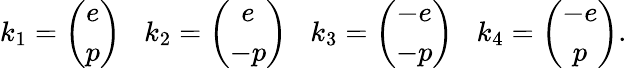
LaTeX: k_{1}=\left(\begin{array}{c}{{e}}\\ {{p}}\end{array}\right)\; \; \; k_{2}=\left(\begin{array}{c}{{e}}\\ {{-p}}\end{array}\right)\; \; \; k_{3}=\left(\begin{array}{c}{{-e}}\\ {{-p}}\end{array}\right)\; \; \; k_{4}=\left(\begin{array}{c}{{-e}}\\ {{p}}\end{array}\right).